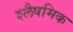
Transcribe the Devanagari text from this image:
श्लैषमिक